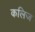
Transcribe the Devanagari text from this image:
कलिज